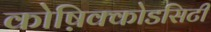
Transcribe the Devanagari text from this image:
कोष़िक्कोडसिटी